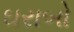
ઘરાબો